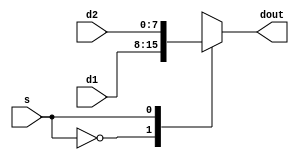
module mux_2x1_8b(dout,d1,d2,s);
	output reg [7:0] dout;
	input [7:0] d1,d2;
	input s;
	always @(*)
		begin
			case (s)
				1'b0: dout<=d1;
				1'b1: dout<=d2;
				default: dout<=4'd0;
			endcase
		end
endmodule